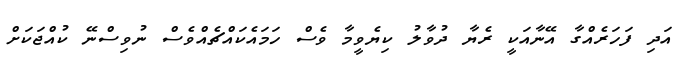
އަދި ފަހަރެއްގާ އޭނާއަކީ ރެޔާ ދުވާލު ކިޔެވީމާ ވެސް ހަމައެކައްޗެއްވެސް ނުވިސްނޭ ކުއްޖަކަށް